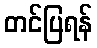
တင်ပြရန်